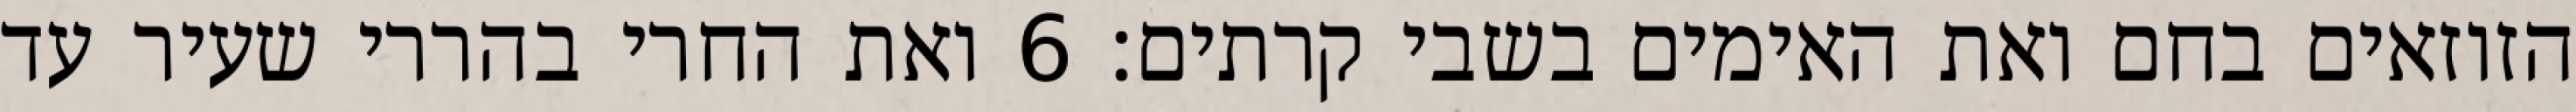
הזוזאים בחם ואת האימים בשבי קרתים׃ ‎6‏ ואת החרי בהררי שעיר עד